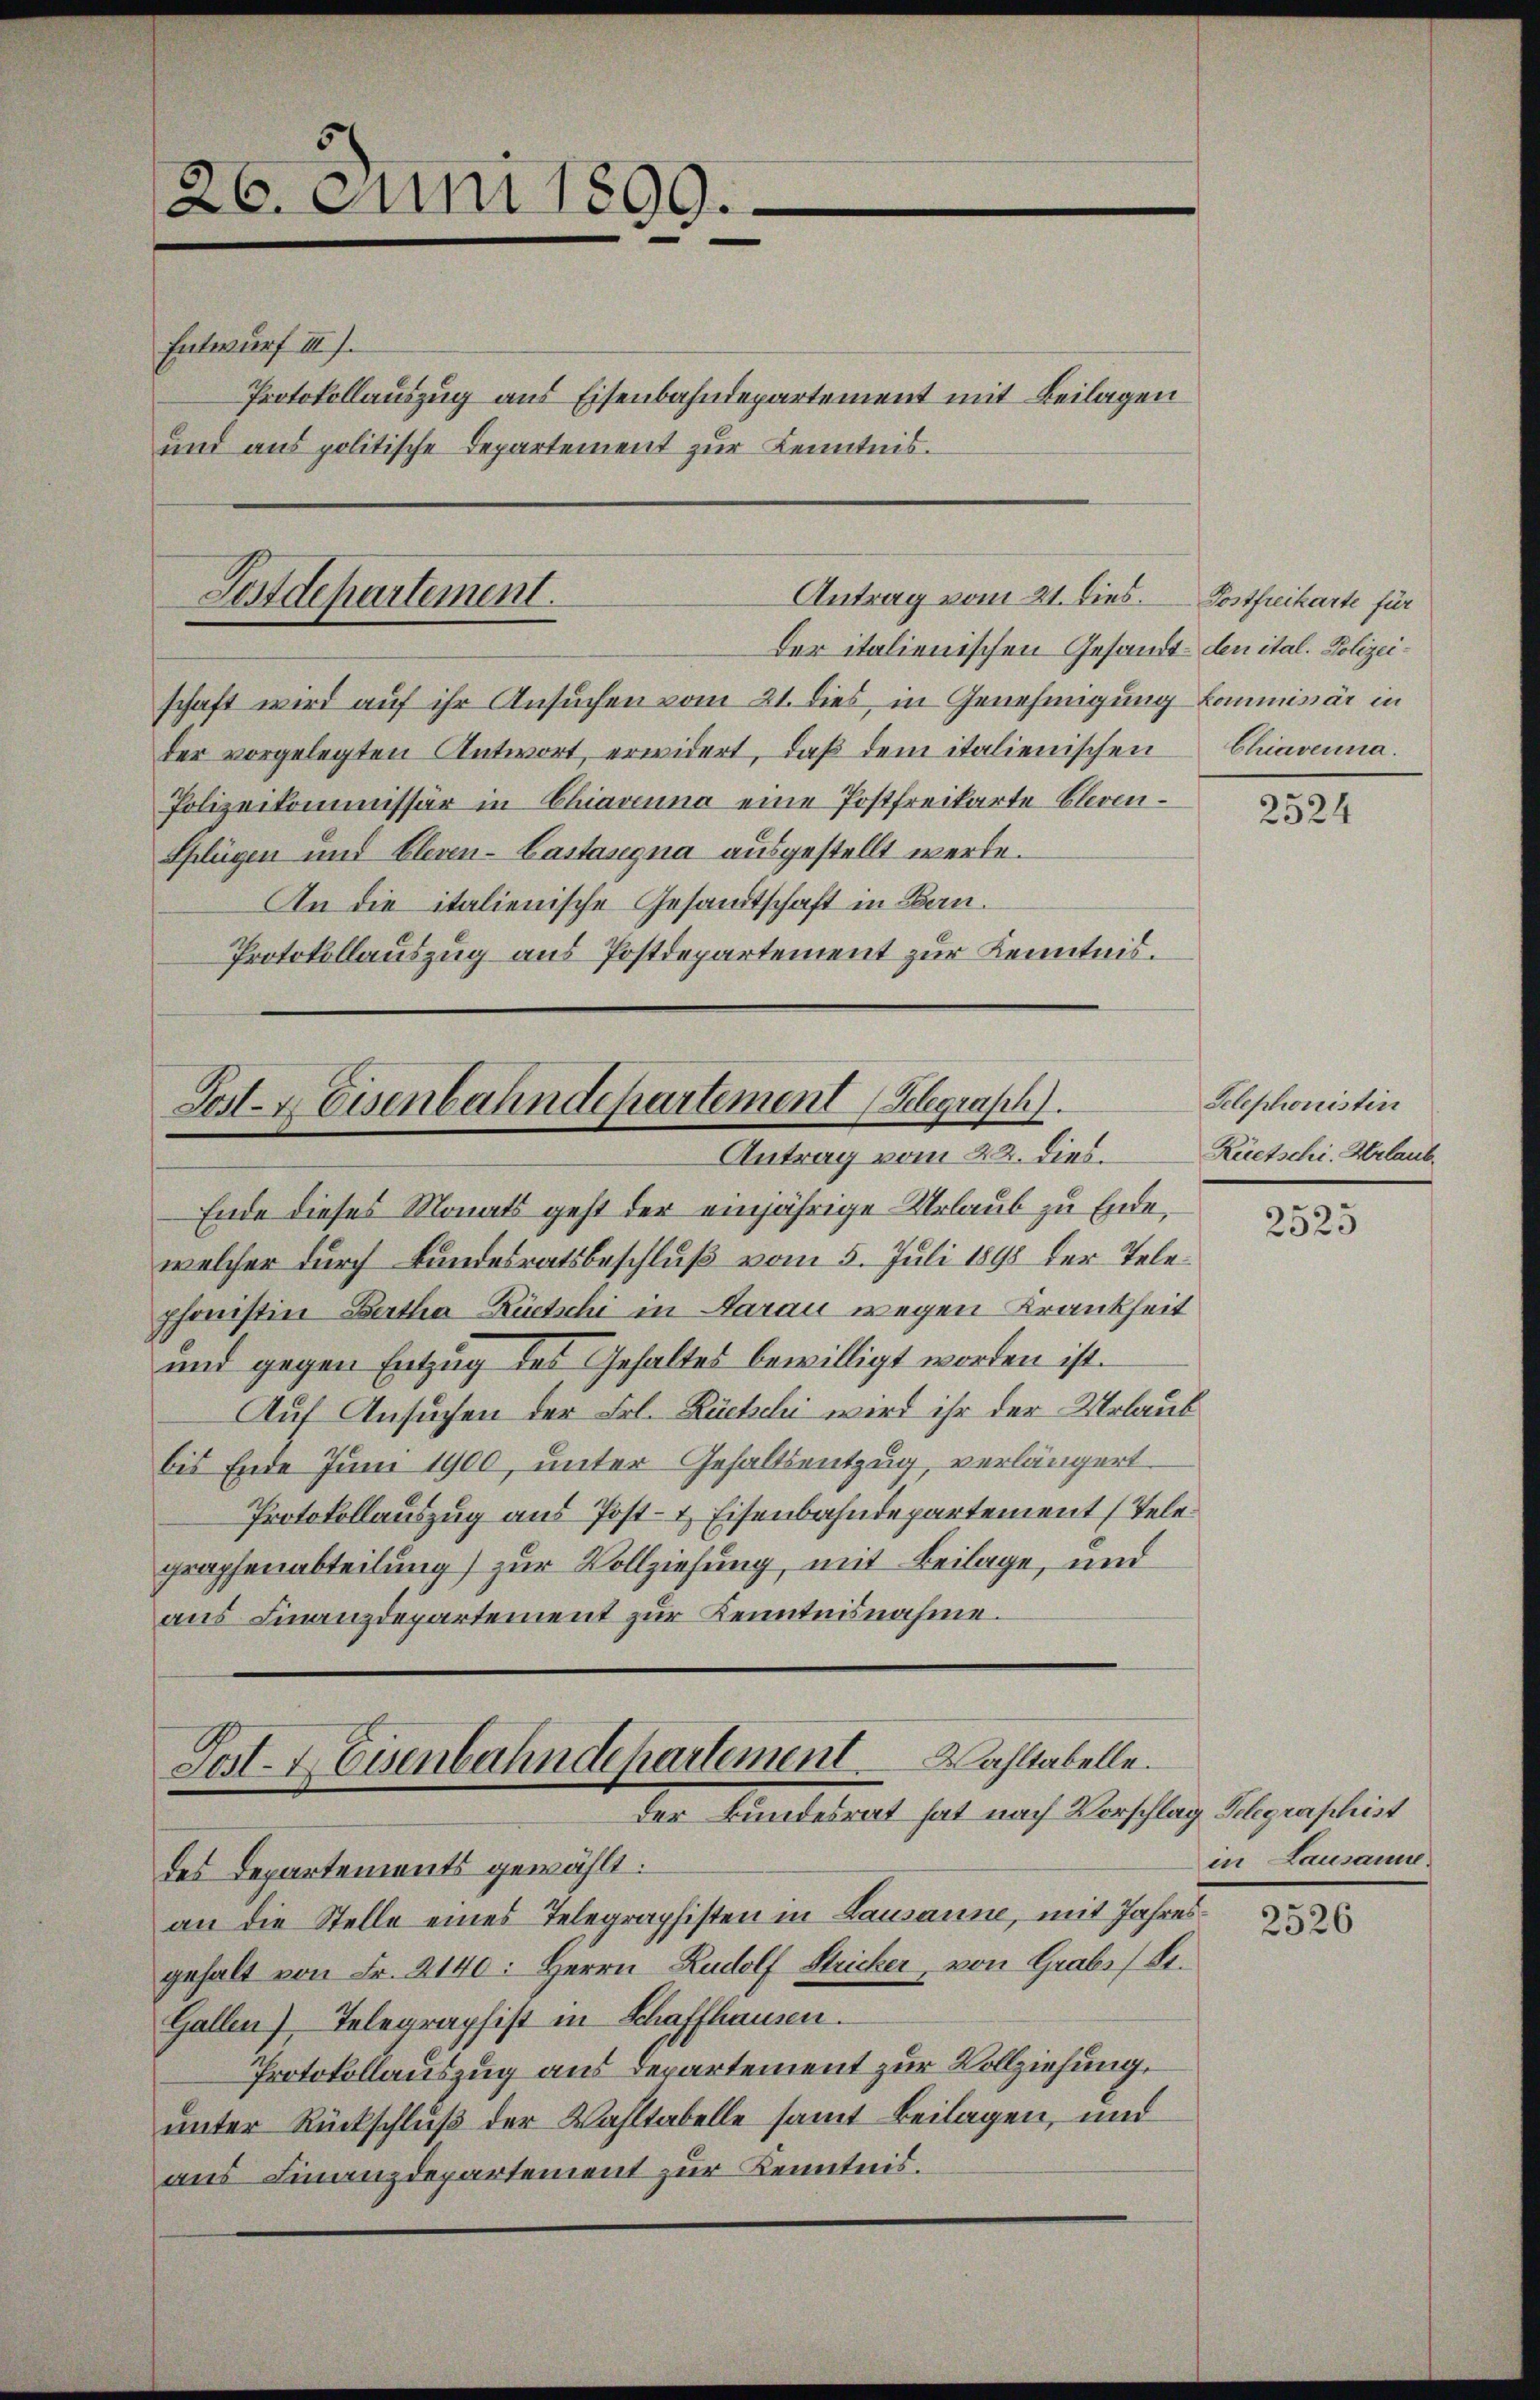
Entwurf III).
Protokollauszug aus Eisenbahndepartement mit Beilagen
und aus politische Departement zur Kenntnis.

26. Juni 1899.

Antrag vom 21. dies.
Postdepartement.
Der italienischen Gesandt-den ital. Polizei¬

schaft wird auf ihr Ansuchen vom 21. dies in Genehmigung kommissär in
der vorgelegten Antwort, erwidert, daß dem italienischen
Polizeikommissär in Chiavenna eine Postfreikarte Cleven¬
Splügen und Cleven-Bastasgna ausgestellt werde.
An die italienische Gesandtschaft in Bau¬
Protokollauszug aus Postdepartement zur Kenntnis.

Post-Keisenbahndepartement (Schgrasch.
Antrag vom 22. dies

Ende dieses Monats geht der einjährige Urlaub zu Ende,
welcher durch Bundesratsbeschluß vom 5. Juli 1898 der Telephonistin Bartha Rüetschi in Aarau wegen Krankheit
und gegen Entzug des Gehaltes bewilligt worden ist.
Auf Ansuchen der Frl. Rückchi wird ihr der Urlaub
bis Ende Juni 1900, unter Gehaltsentzug, verlängert.
Protokollauszug aus Post- & Eisenbahndepartement (Telegraphenabteilung) zur Vollziehung, mit Beilage, und
aus Finanzdepartement zur Kenntnisnahme.

Wahltabelle.
Post-MEisenbahndepartement
der Finsleinet hat nach Verschlag Folgenschiet
des Departements gewählt.

Postfreikarte für
Chiavenna.

an die Stelle eines Telegraphisten in Lausanne, mit Jahresgehalt von Fr. 2140: Herrn Rudolf Stricker, von Grabs Sr.
Gallen) Telegraphist in Schaffhausen.
Protokollauszug aus Departement zur Vollziehung.
unter Rückschluß der Wahltabelle samt Beilagen, und
aus Finanzdepartement zur Kenntnis.

2524

Telephonistin
Rüetschi. Verlaub.

2525

in Lausanne

2526